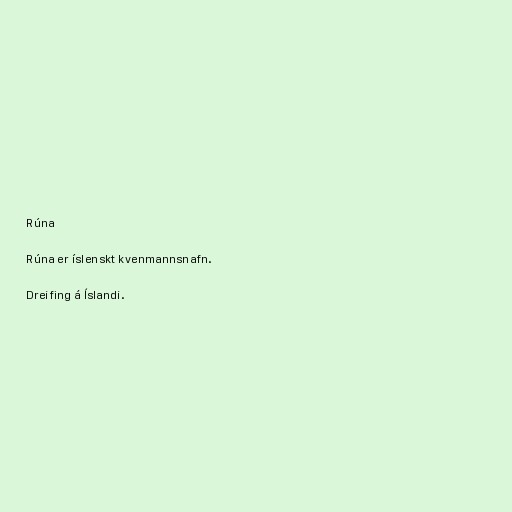
Rúna

Rúna er íslenskt kvenmannsnafn.

Dreifing á Íslandi.